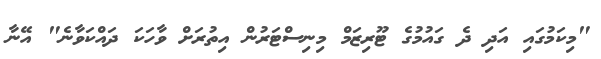
"މިކަމުގައި އަދި ދެ ގައުމުގެ ޓޫރިޒަމް މިނިސްޓަރުން އިތުރަށް ވާހަކަ ދައްކަވާނެ" އޭނާ